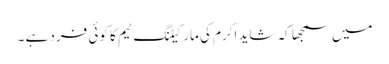
میں سمجھا کہ شاید اکرم کی مارکیٹنگ ٹیم کا کوئی فرد ہے ۔